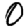
Digit: 0